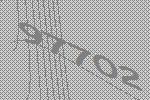
97702